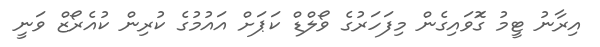
އިރާނު ޓީމު ގޮަވައިގެން މިފަހަރުގެ ވޯލްޑް ކަޕަށް އައުމުގެ ކުރިން ކުއެރޯޒް ވަނީ